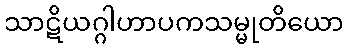
သာဋိယဂ္ဂါဟာပကသမ္မုတိယော